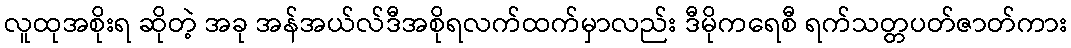
လူထုအစိုးရ ဆိုတဲ့ အခု အန်အယ်လ်ဒီအစိုရလက်ထက်မှာလည်း ဒီမိုကရေစီ ရက်သတ္တပတ်ဇာတ်ကား